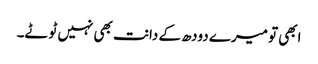
ابھی تو میرے دودھ کے دانت بھی نہیں ٹوٹے۔